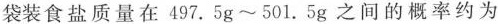
袋装食盐质量在497.5g~501.5g之间的概率约为